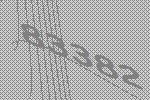
83382